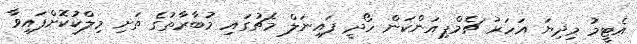
އެޓީމު މިދިޔަ އަހަރު ޗެމްޕިއަންކަން ހޯދީ ފައިނަލް މެޗުގައި މުބާރާތުގެ ތަށި މިލްކުކޮށްފައިވާ